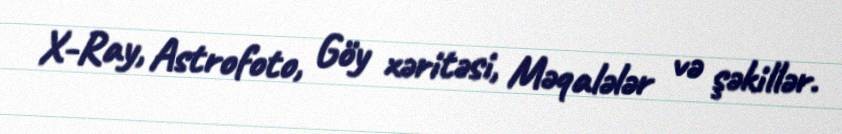
X-Ray, Astrofoto, Göy xəritəsi, Məqalələr və şəkillər.